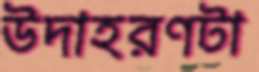
উদাহরণটা